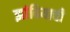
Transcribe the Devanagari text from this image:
झांबियाची